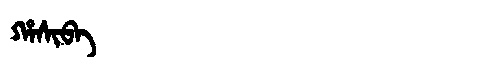
Manchu: ᡥᠠᠰᡳᠪᠠ
Romanization: HASIBA